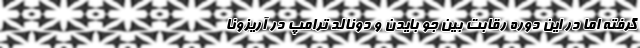
گرفته اما در این دوره رقابت بین جو بایدن و دونالد ترامپ در آریزونا